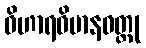
ဝိဟာရဝိမာနဝတ္ထု